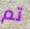
تم